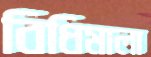
বিধিমালা